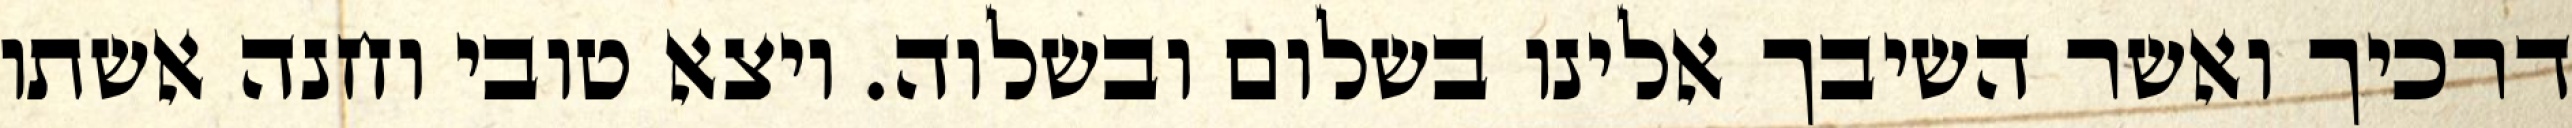
דרכיך ואשר השיבך אלינו בשלום ובשלוה. ויצא טובי וחנה אשתו